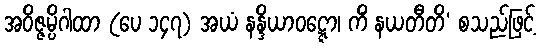
အဝိဇ္ဇမ္ပိဂါထာ (ပေ ၁၄၇) အယံ နန္ဒိယာဝဋ္ဋော၊ ကိံ နယတီတိ’ စသည်ဖြင့်